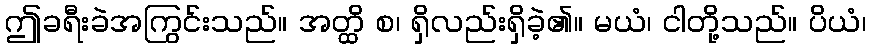
ဤခရီးခဲအကြွင်းသည်။ အတ္ထိ စ၊ ရှိလည်းရှိခဲ့၏။ မယံ၊ ငါတို့သည်။ ပိယံ၊